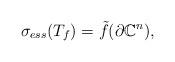
LaTeX: \begin{align*}\sigma_{ess}(T_f) = \tilde{f}(\partial \mathbb{C}^n),\end{align*}